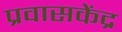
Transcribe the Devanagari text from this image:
प्रवासकेंद्र